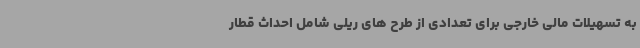
به تسهیلات مالی خارجی برای تعدادی از طرح های ریلی شامل احداث قطار